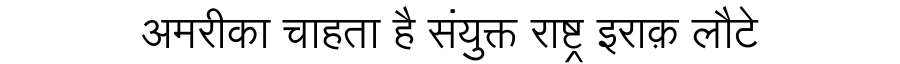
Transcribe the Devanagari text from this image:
अमरीका चाहता है संयुक्त राष्ट्र इराक़ लौटे